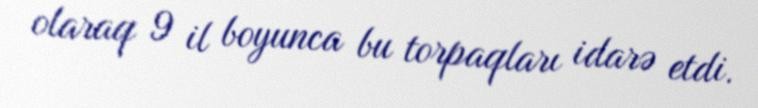
olaraq 9 il boyunca bu torpaqları idarə etdi.